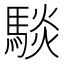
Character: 𮪋